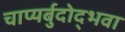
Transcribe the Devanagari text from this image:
चाप्यर्बुदोद्भवा